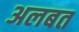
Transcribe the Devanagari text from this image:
अलबत